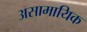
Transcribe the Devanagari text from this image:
असामायिक